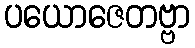
ပယောဇေတဗ္ဗာ